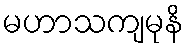
မဟာသကျမုနိ